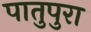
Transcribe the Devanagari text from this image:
पातुपुरा